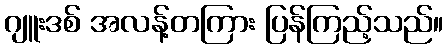
ဂျူးဒစ် အလန့်တကြား ပြန်ကြည့်သည်။